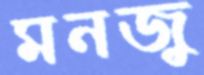
মনজু